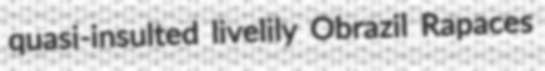
quasi-insulted livelily Obrazil Rapaces